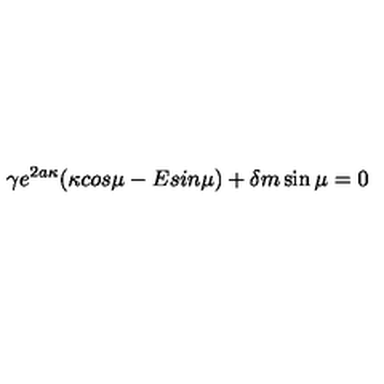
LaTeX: \gamma e ^ { 2 a \kappa } ( \kappa c o s \mu - E s i n \mu ) + \delta m \sin \mu = 0